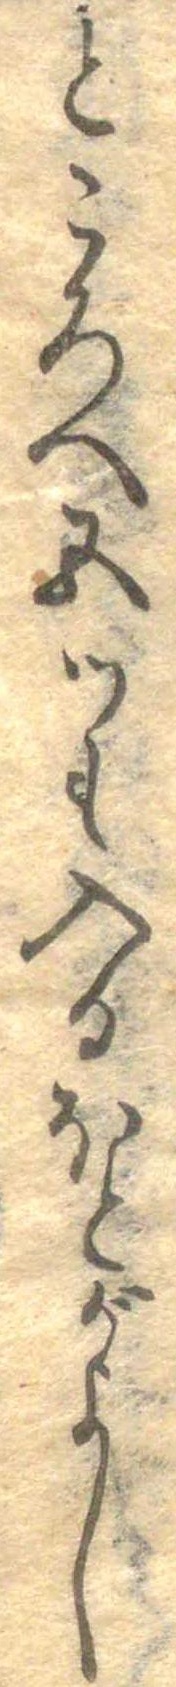
ところへ五つも入るほとがよし